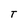
Character: T